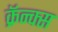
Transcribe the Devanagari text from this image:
क्रॅन्क्स